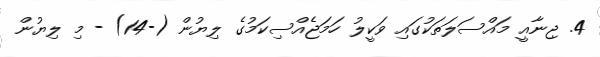
4. ޖިނާއީ މައްސަލަތަކުގައި ވަކީލު ހަމަޖެއްސިކަމުގެ ލިޔުން (-14) - މި ލިޔުން